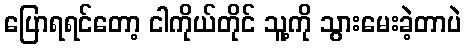
ပြောရရင်တော့ ငါကိုယ်တိုင် သူ့ကို သွားမေးခဲ့တာပဲ